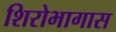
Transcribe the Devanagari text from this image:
शिरोभागास